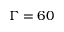
\Gamma = 6 0